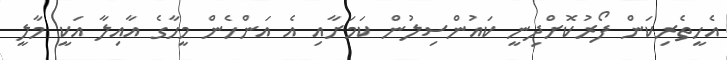
އެހީތެރިކަން ފޯރުކޮށްދިނީ ކައުންސިލުން ކަމަށާއި އެ އަންހެން މީހާގެ އާއިލާ އަކީ މާލީ